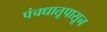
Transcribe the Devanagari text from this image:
पंचधातूपासून